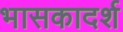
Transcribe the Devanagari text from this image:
भासकादर्श